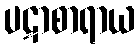
ပဋာစာရာယ